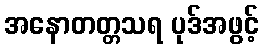
အနောတတ္တသရ ပုဒ်အဖွင့်